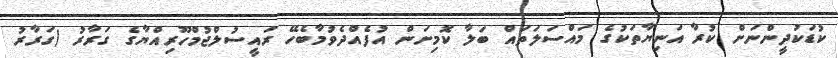
ކުޑަކުދީންނަށް ކުރާ އަނިޔާތަކުގެ މައްސަލަތައް ބަލާ ކޮމިށަން އުފެއްދެވުމާބެހޭ ރައީސުލްޖުމްހޫރިއްޔާގެ ގަރާރު (ގަރާރު